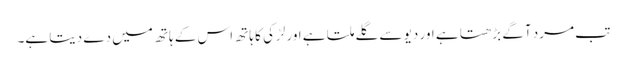
تب مرد آگے بڑھتا ہے اور دیو سے گلے ملتا ہے اور لڑکی کا ہاتھ اس کے ہاتھ میں دے دیتا ہے۔